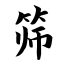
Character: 筛